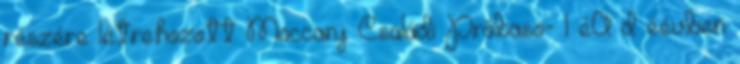
részére létrehozott Moccanj Családi Próbaso- l éA d éévben